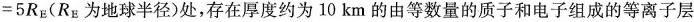
= 5 R _ { E }$$(R_{E}为地球半径)处，存在厚度约为10km的由等数量的质子和电子组成的等离子层